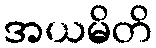
အယမိတိ